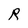
Character: R